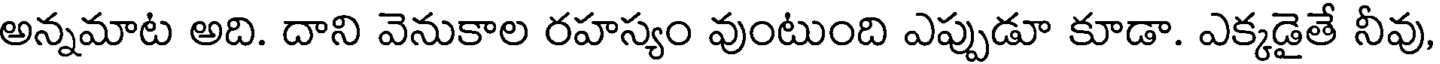
అన్నమాట అది. దాని వెనుకాల రహస్యం వుంటుంది ఎప్పుడూ కూడా. ఎక్కడైతే నీవు